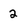
Character: 2